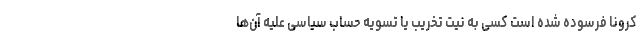
کرونا فرسوده شده است کسی به نیت تخریب یا تسویه حساب سیاسی علیه آن‌ها